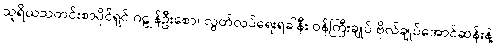
သူရိယသတင်းစာပိုင်ရှင် ဂဠုန်ဦးစော၊ လွတ်လပ်ရေးရခါနီး ဝန်ကြီးချုပ် ဗိုလ်ချုပ်အောင်ဆန်းနဲ့